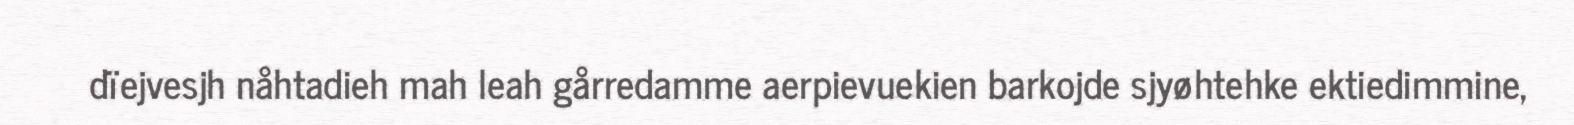
dïejvesjh nåhtadieh mah leah gårredamme aerpievuekien barkojde sjyøhtehke ektiedimmine,